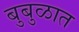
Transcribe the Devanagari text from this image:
बुबुळात